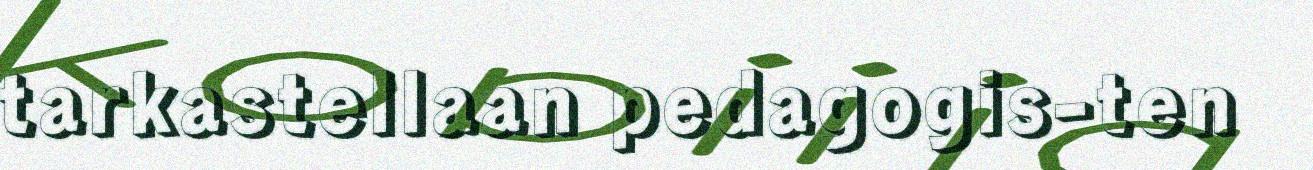
tarkastellaan pedagogis-ten